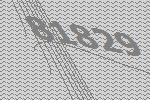
81829